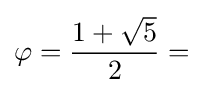
\varphi ={\frac {1+{\sqrt {5}}}{2}}=